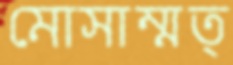
মোসাম্মত্